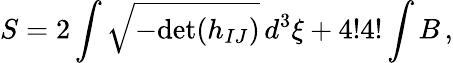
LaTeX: S=2\int\sqrt{-\mathrm{det}(h_{IJ})}\, d^{3}\xi+4!4!\int B\, ,